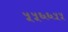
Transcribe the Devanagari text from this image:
५५६६५५